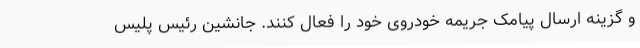
و گزینه ارسال پیامک جریمه خودروی خود را فعال کنند. جانشین رئیس پلیس